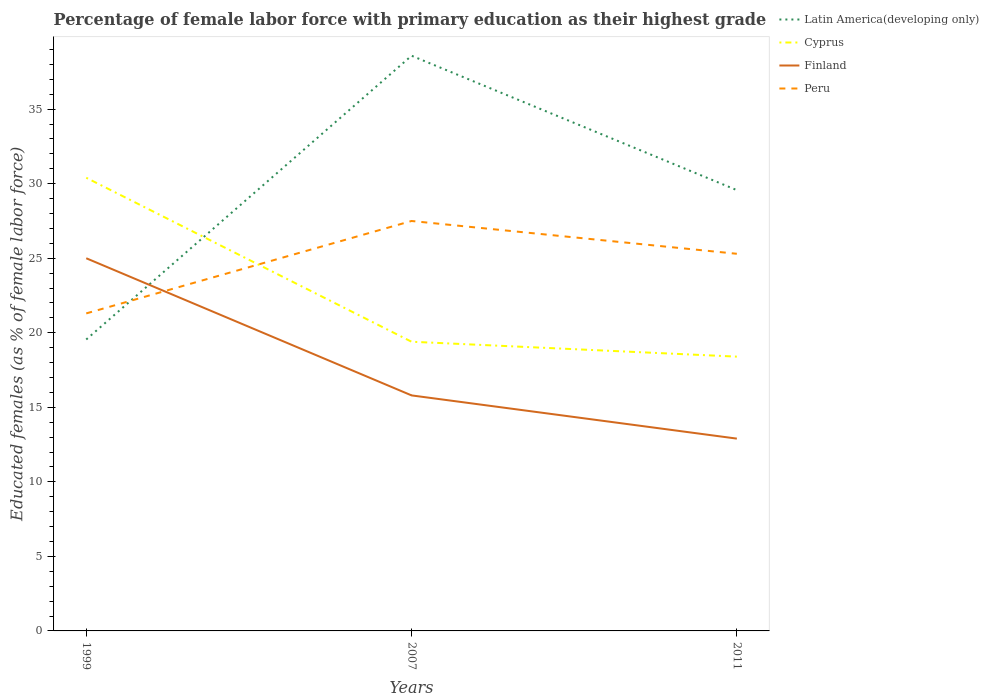
| Years | Latin America(developing only) | Cyprus | Finland | Peru |
 | --- | --- | --- | --- | --- |
 | 1999 | 19.6 | 30.4 | 25 | 21.3 |
 | 2007 | 38.6 | 19.4 | 15.8 | 27.5 |
 | 2011 | 29.6 | 18.4 | 12.9 | 25.3 |